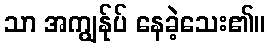
သာ အကျွန်ုပ် နေခဲ့သေး၏။